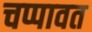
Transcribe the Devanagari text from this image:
चप्पावत